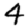
Digit: 4